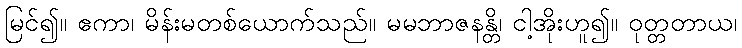
မြင်၍။ ဧကာ၊ မိန်းမတစ်ယောက်သည်။ မမဘာဇနန္တိ၊ ငါ့အိုးဟူ၍။ ဝုတ္တတာယ၊